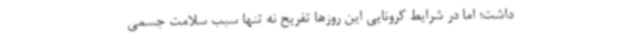
داشت؛ اما در شرایط کرونایی این روزها تفریح نه تنها سبب سلامت جسمی